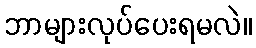
ဘာများလုပ်ပေးရမလဲ။